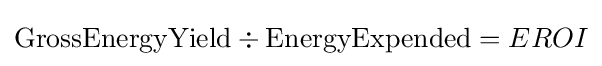
{\hbox{GrossEnergyYield}}\div {\hbox{EnergyExpended}}=EROI